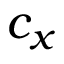
c _ { x }